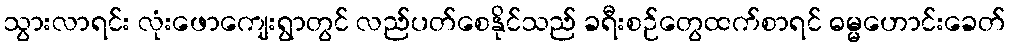
သွားလာရင်း လုံးဖောကျေးရွာတွင် လည်ပတ်စေနိုင်သည် ခရီးစဉ်တွေထက်စာရင် ဓမ္မဟောင်းခေတ်